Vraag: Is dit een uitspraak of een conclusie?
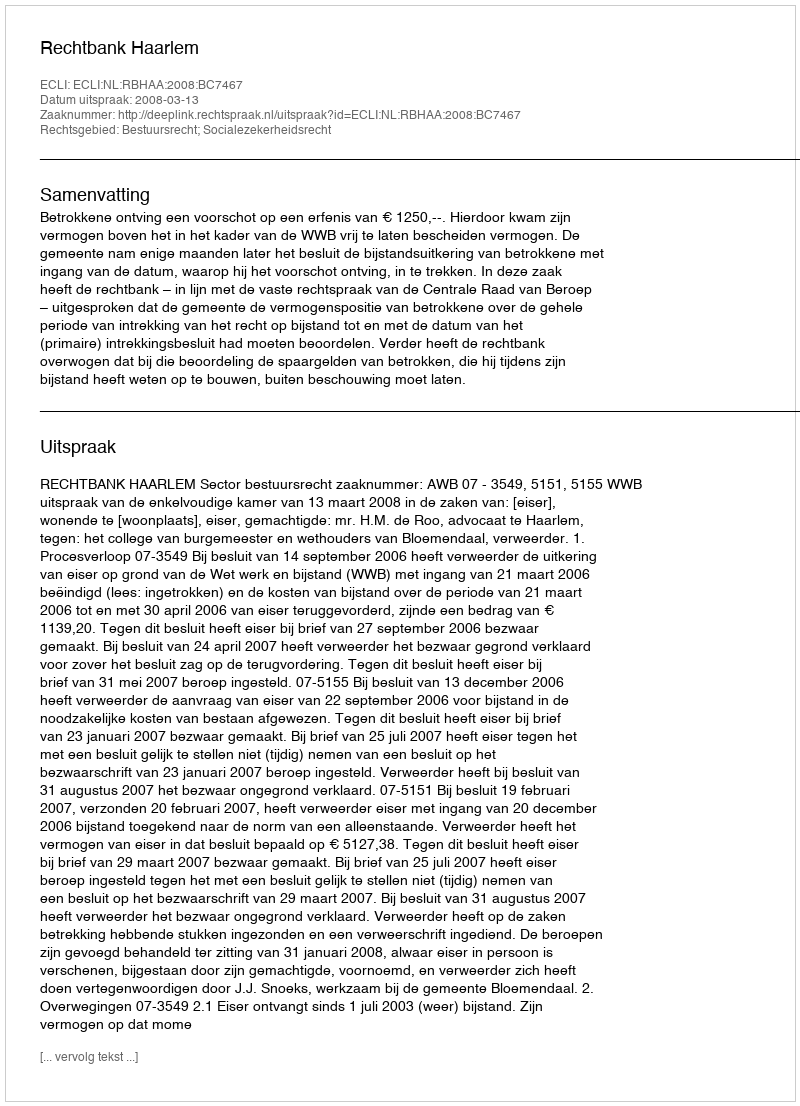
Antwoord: Uitspraak